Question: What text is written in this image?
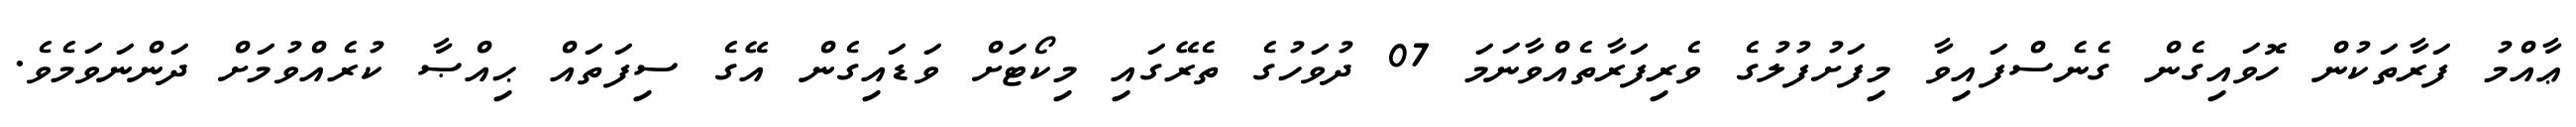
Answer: ޢާއްމު ފަރާތަކުން ހޮވައިގެން ގެނެސްފައިވާ މިފަށުފުލުގެ ވެރިފަރާތެއްވާނަމަ 07 ދުވަހުގެ ތެރޭގައި މިކޯޓަށް ވަޑައިގެން އޭގެ ސިފަތައް ޙިއްޞާ ކުރެއްވުމަށް ދަންނަވަމެވެ.